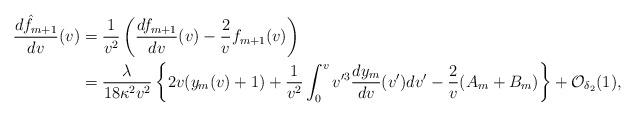
\begin{align*} \frac{d\hat{f}_{m+1}}{dv}(v)&=\frac{1}{v^2}\left(\frac{df_{m+1}}{dv}(v)-\frac{2}{v}f_{m+1}(v)\right)\\&=\frac{\lambda}{18\kappa^2v^2}\left\{2v(y_m(v)+1)+\frac{1}{v^2}\int_0^vv'^3\frac{dy_m}{dv}(v')dv'-\frac{2}{v}(A_m+B_m)\right\}+\mathcal{O}_{\delta_2}(1),\end{align*}